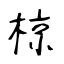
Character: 椋